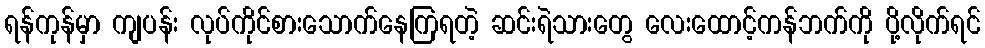
ရန်ကုန်မှာ ကျပန်း လုပ်ကိုင်စားသောက်နေကြရတဲ့ ဆင်းရဲသားတွေ လေးထောင့်ကန်ဘက်ကို ပို့လိုက်ရင်